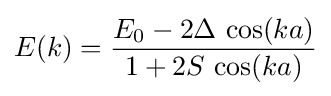
E(k)={\frac {E_{0}-2\Delta \,\cos(ka)}{1+2S\,\cos(ka)}}